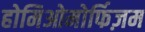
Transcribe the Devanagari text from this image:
होमिओमोर्फिज़म